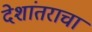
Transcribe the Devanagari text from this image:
देशांतराचा